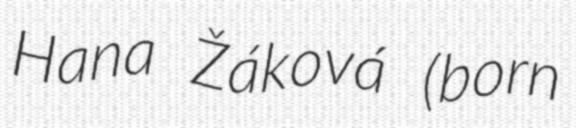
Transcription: Hana Žáková (born